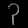
Digit: ၃